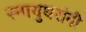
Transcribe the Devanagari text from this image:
स्नायुथरांनी